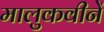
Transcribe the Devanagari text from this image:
मालुकवीनें